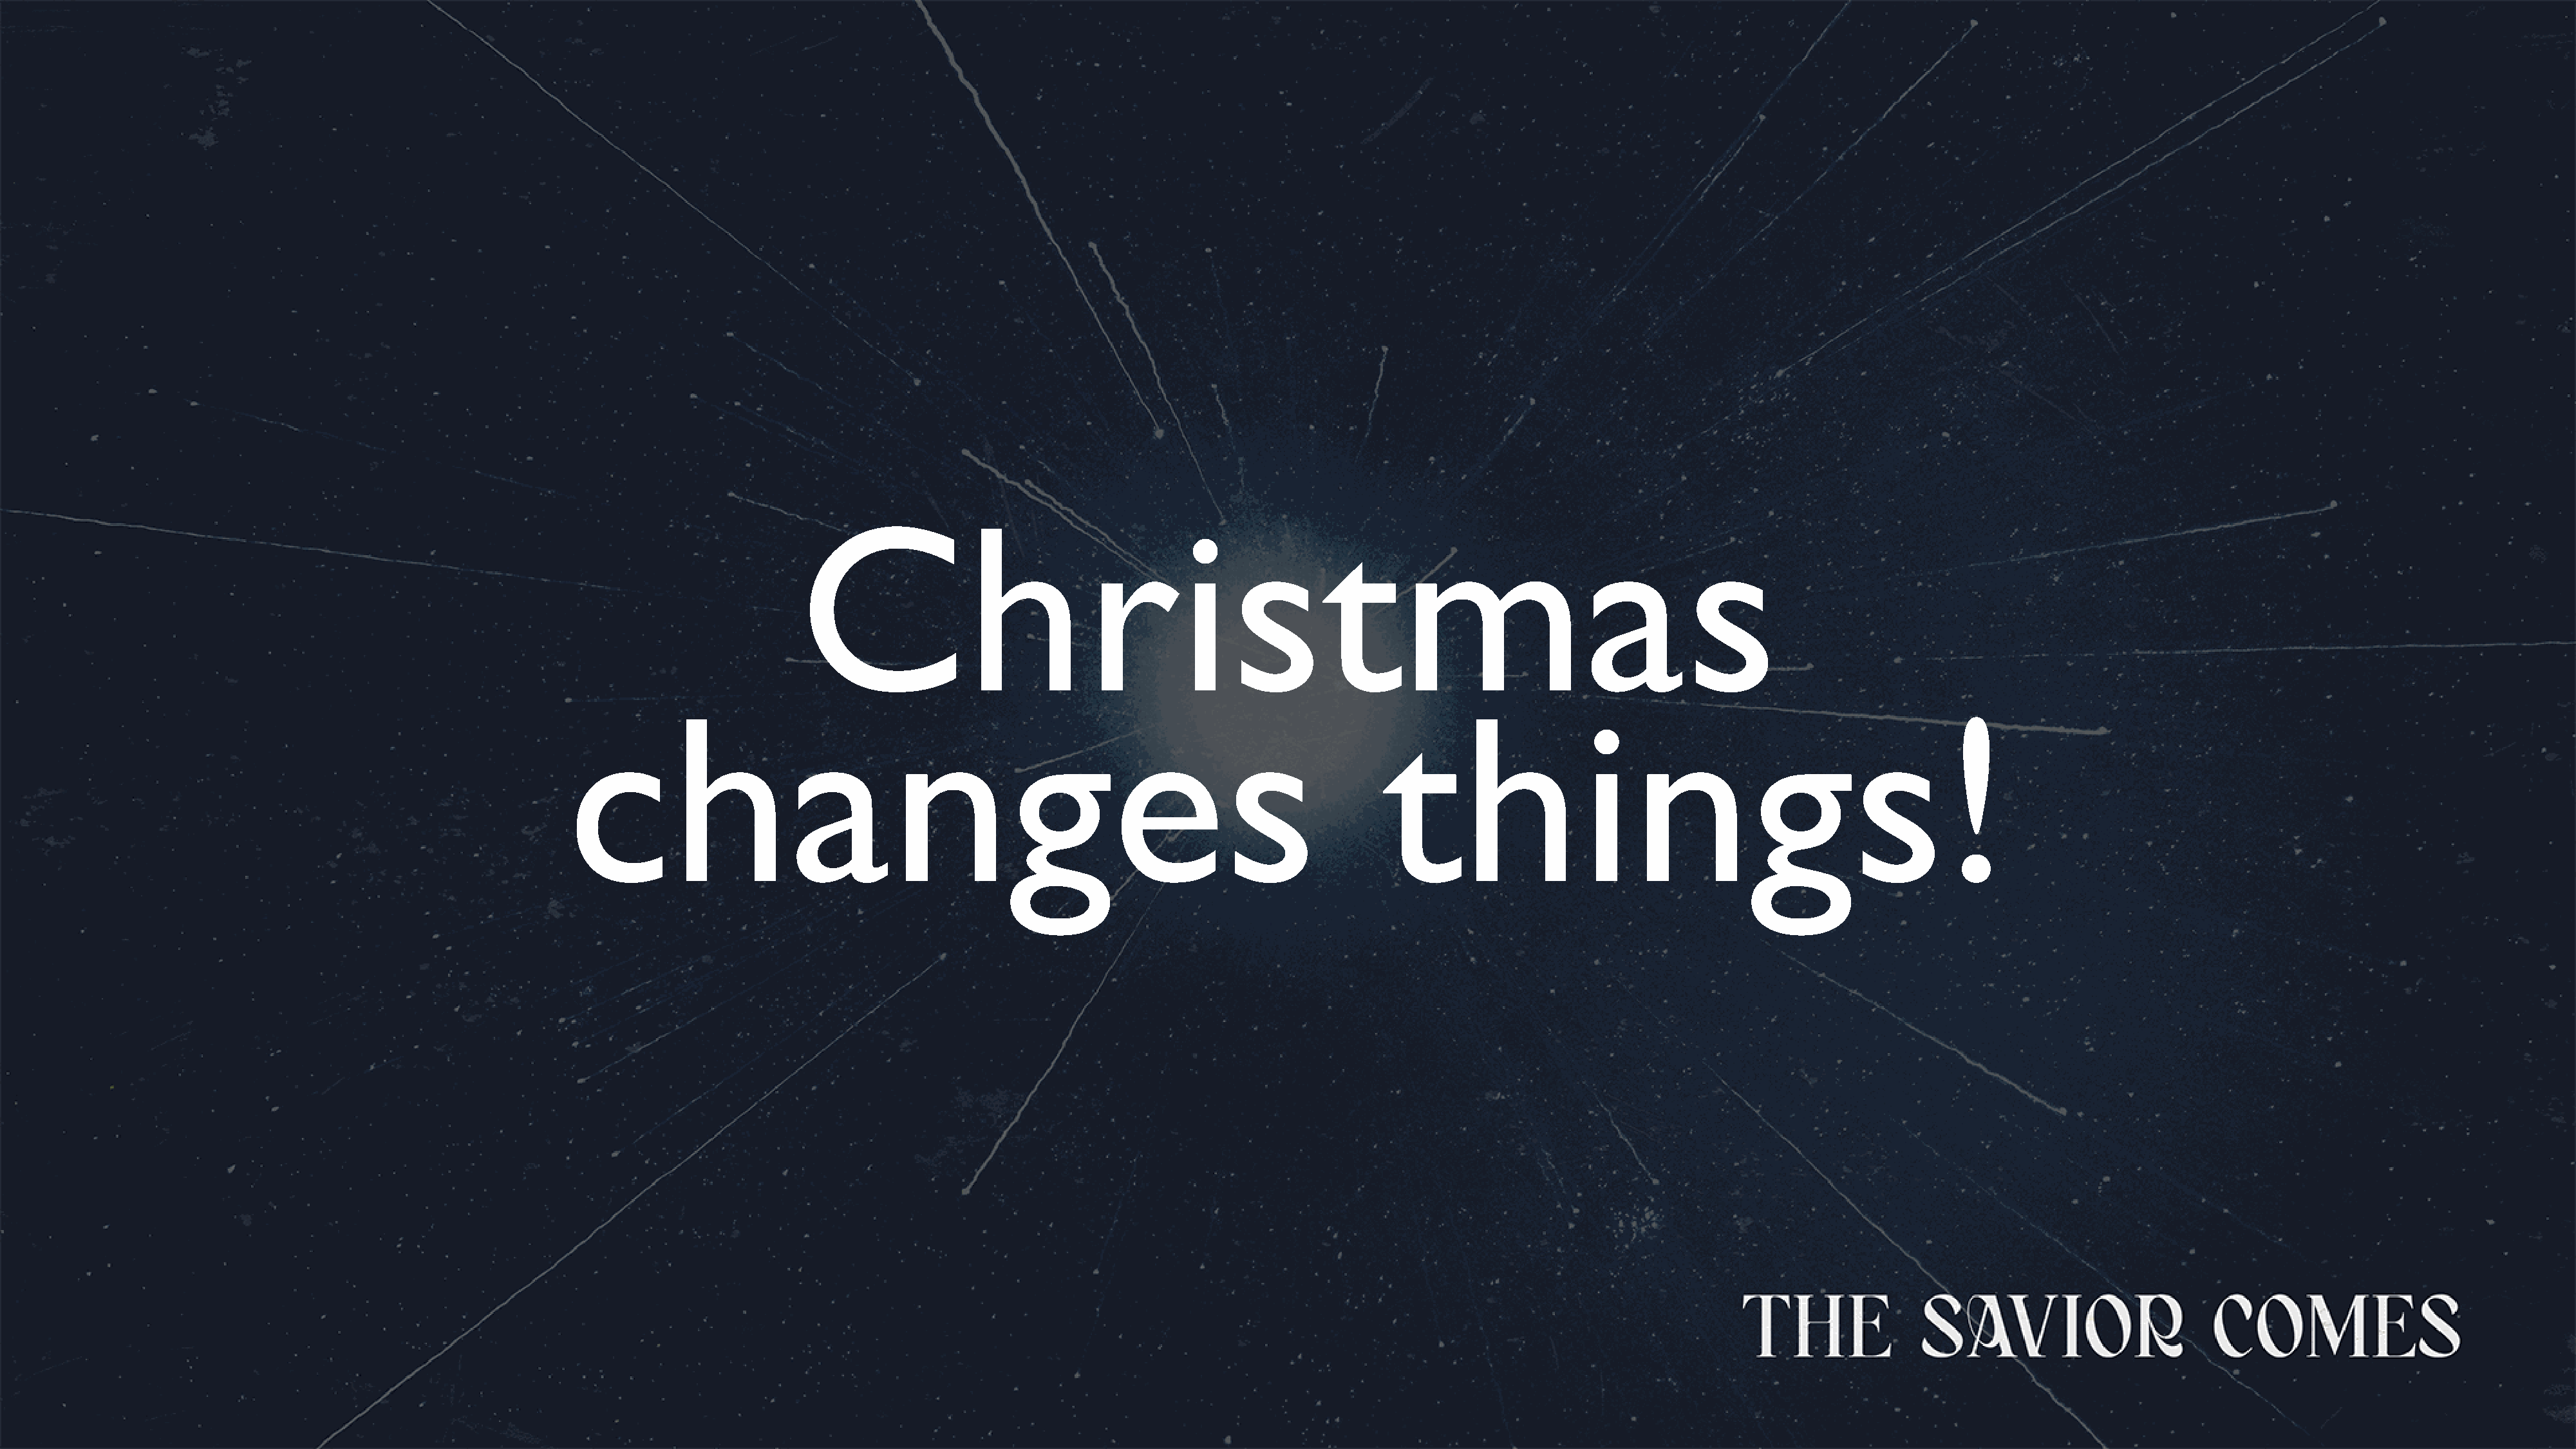
Christmas
 changes                                                                             things!